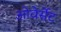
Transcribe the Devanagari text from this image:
ओवेर्सेट